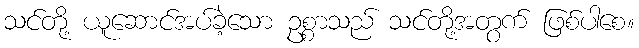
သင်တို့ ယူဆောင်အပ်ခဲ့သော ဥစ္စာသည် သင်တို့အတွက် ဖြစ်ပါစေ။